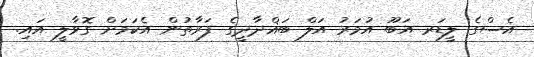
އެސްގެ ލީޑަރ އަބޫ އުމަރު އަލް ބަޣްދާދީގެ ފަރާތުން އެކަމަށް ގޮވާލީ އައި.